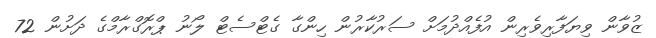
ޒުވާން ވިޔަފާރިވެރިން އުފެއްދުމަށް ސަރުކާރުން ހިންގާ ގެޓްސެޓް ލޯނު ޕްރޮގްރާމްގެ ދަށުން 72